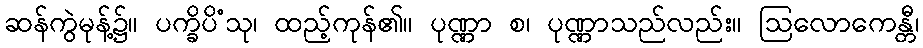
ဆန်ကွဲမုန့်၌။ ပက္ခိပိံသု၊ ထည့်ကုန်၏။ ပုဏ္ဏာ စ၊ ပုဏ္ဏာသည်လည်း။ ဩလောကေန္တီ၊